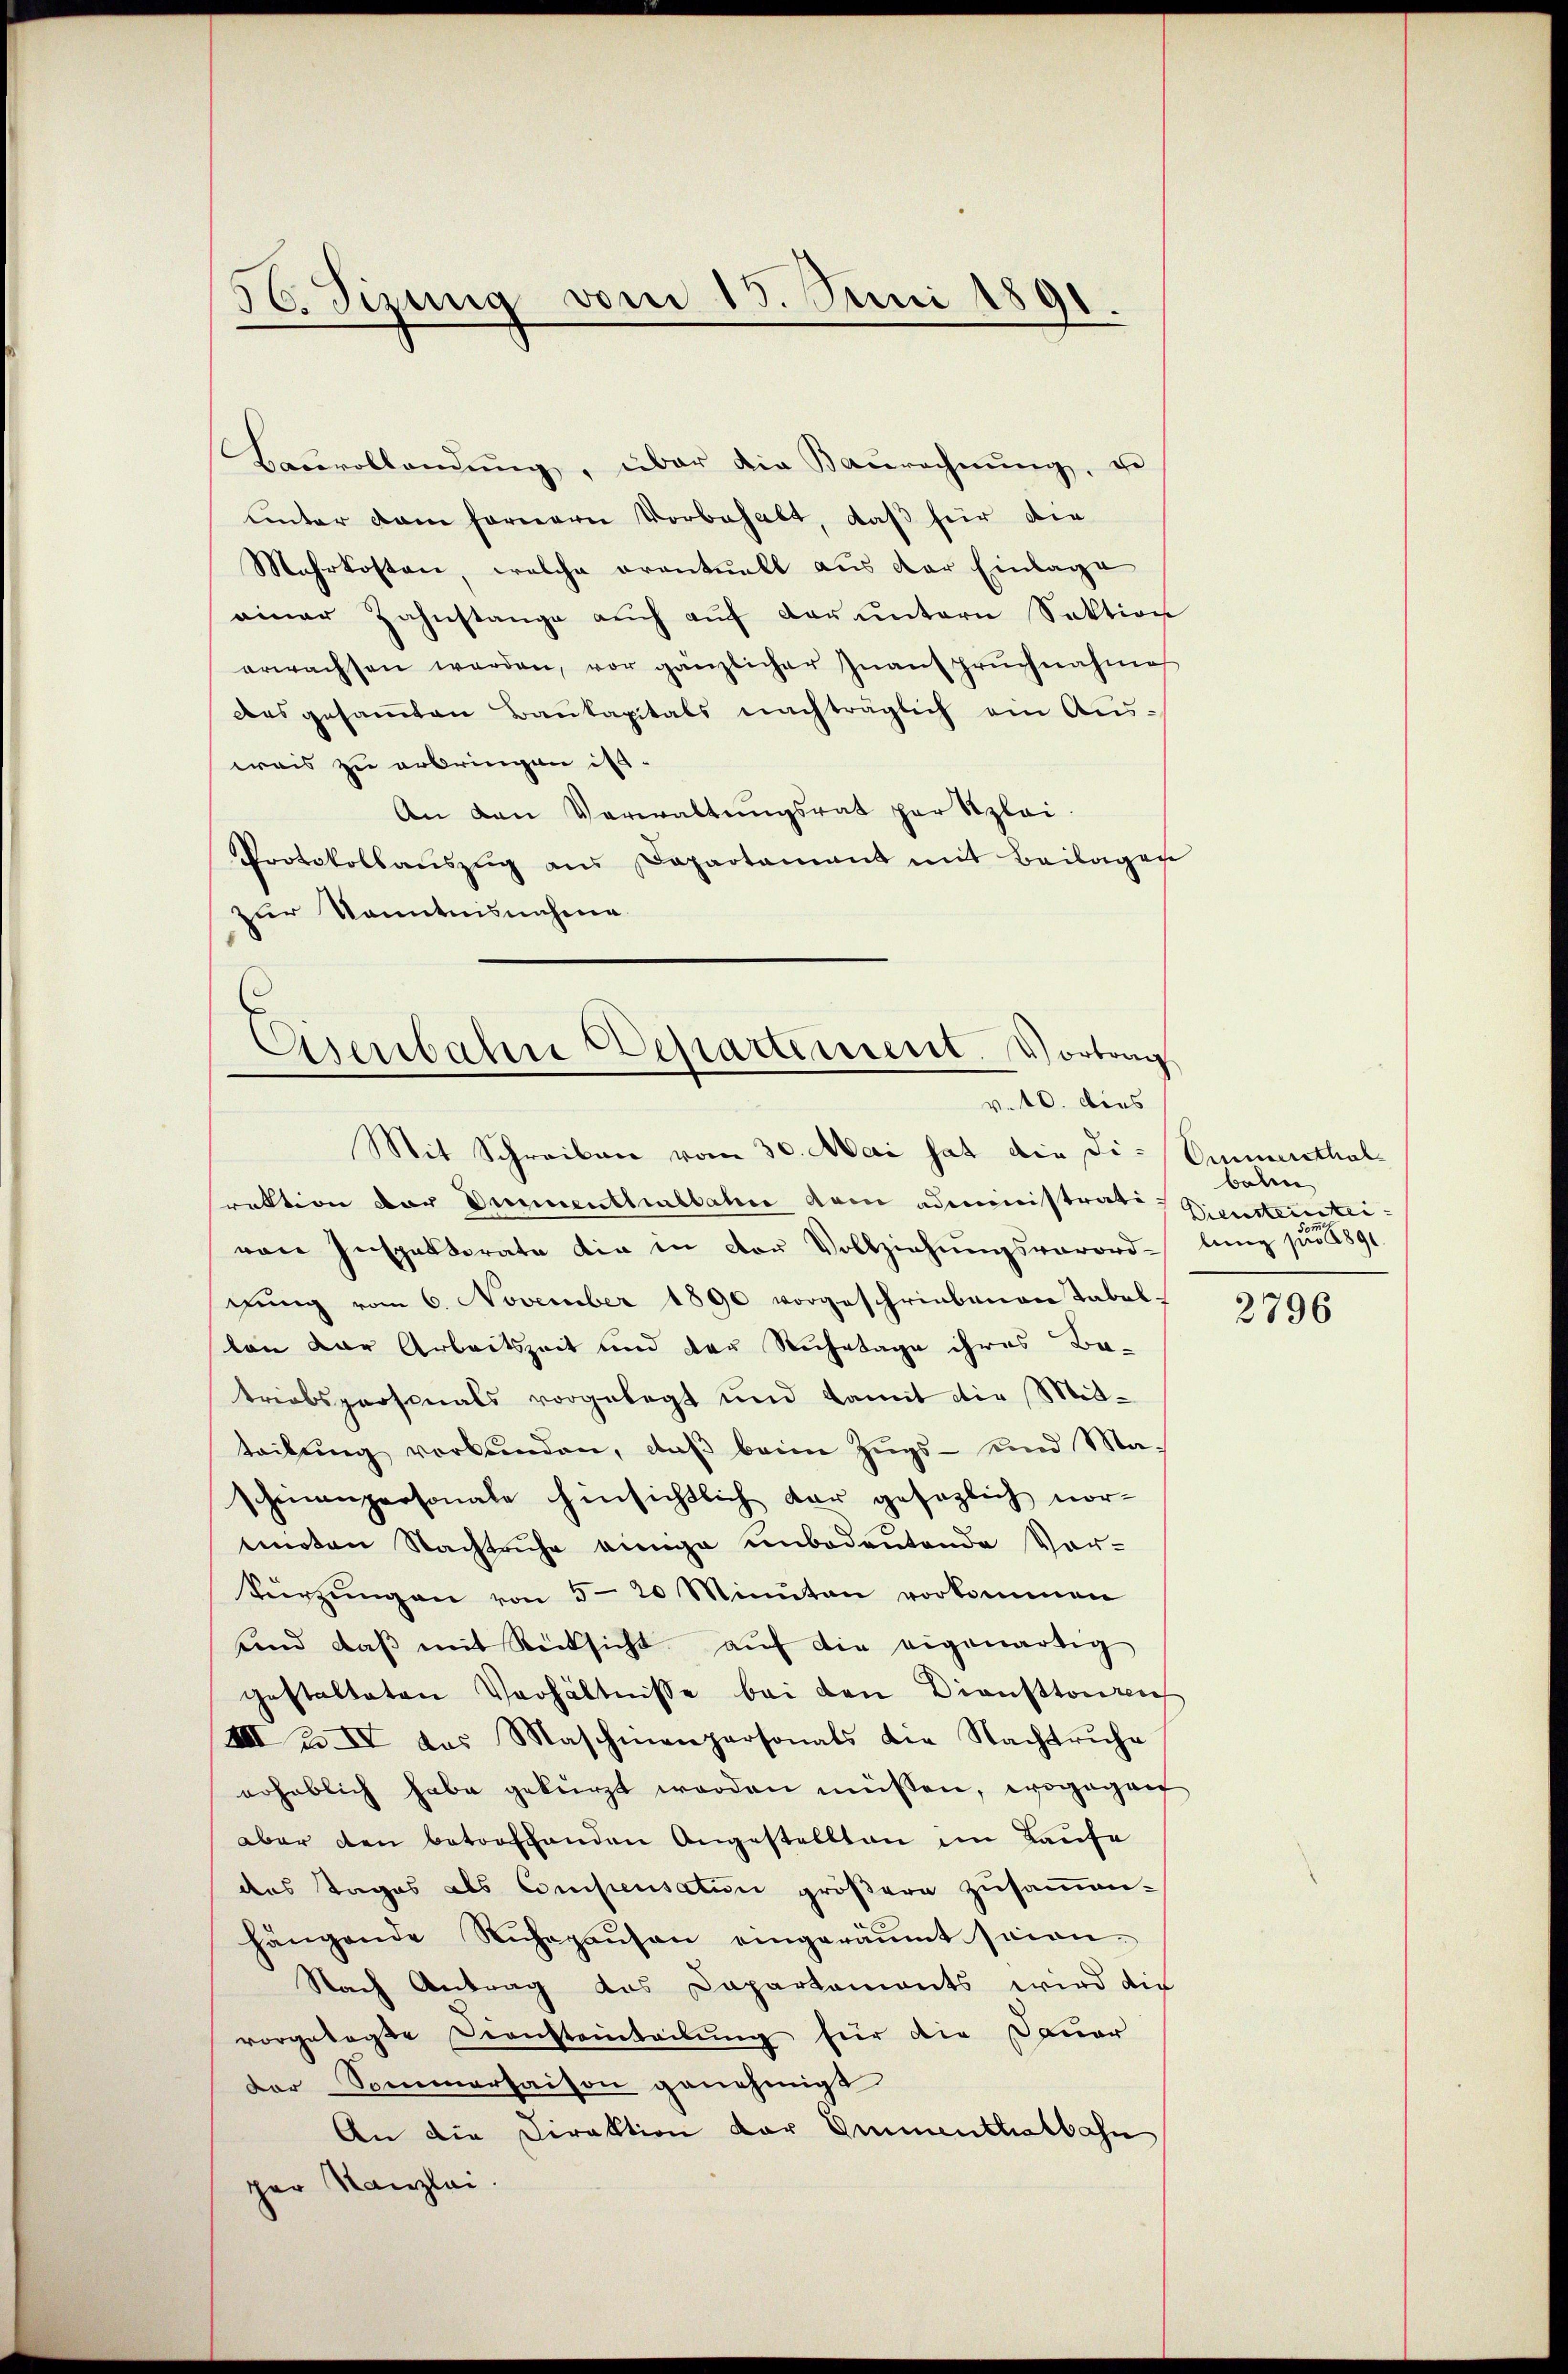
56. Sizung vom 15. Juni 1891.

Baŭvollendŭng, über die Baŭrechnŭng, u
Unter dem fernerer Vorbehalt, daß für die
Mehrkosten, welche eventuell aus der Einlage
einer Zahnstange auch auf der untern Sektion
erwachsen werden, vor gänzlicher Inanspruchnahme
desgesaṁten Baukapitals nachträglich ein Ausweis zu erbringen ist.
An den Verwaltŭngsrat per Szlei-
Protokollaŭszŭg ans Departement mit Beilagen
zur Kenntnisnahme
Mit Schreiben vom 30. Mai hat die Direktion der Dimenthalbahne dem administrati-Dienstensteivon Inspektorate die in der Vollziehŭngsverord- lung pro 1891.
gung vom 6. November 1890 vorgeschriebenen Tabellon der Arbeitszeit und der Ruhetage ihres Be-
triebspersonals vorgelegt und damit die Mit-
teilŭng verbŭnden, daβ beim Zŭgs- und Maschinenpersonale hinsichtlich dar gesezlich noremoten Nachtruhe einige unbedeutende Vor-
Vürzŭng an von 5-20 Minuten vorkommen
und daβ mit Rücksicht aŭf die eigenartig
gestalteten Verhältnisse bei den Diensttonen
III 2. IV das Maschinenpersonals die Nachtruhe
erheblich habe gekürzt worden müssen, wogegen
aber den betroffenden Angestellten im Laufe
des Tages als Consensatin größere zusammehängende Ruhepausen eingeräumt seien.
Nach Antrag das Dapartements wird die
vorgetagte Berichteinteilung für die Dauer
der Sommerhaison genehmigt
An die Direktion der Ammenthalbahn
per Kanzlei.

Eisenbahre Departement. Vortrag
v. 10. dies

Ommerthal
bahn

2796